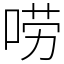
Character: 唠